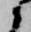
候